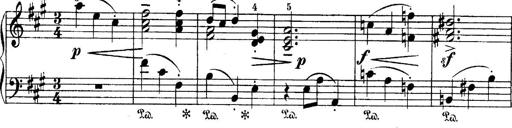
Title: 4 Sonatines
Composer: Max Reger